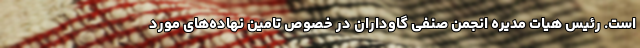
است. رئیس هیات مدیره انجمن صنفی گاوداران در خصوص تامین نهاده‌های مورد